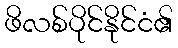
ဖိလစ်ပိုင်နိုင်ငံ၏